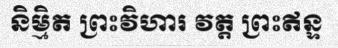
និម្មិត ព្រះវិហារ វត្ត ព្រះឥន្ទ